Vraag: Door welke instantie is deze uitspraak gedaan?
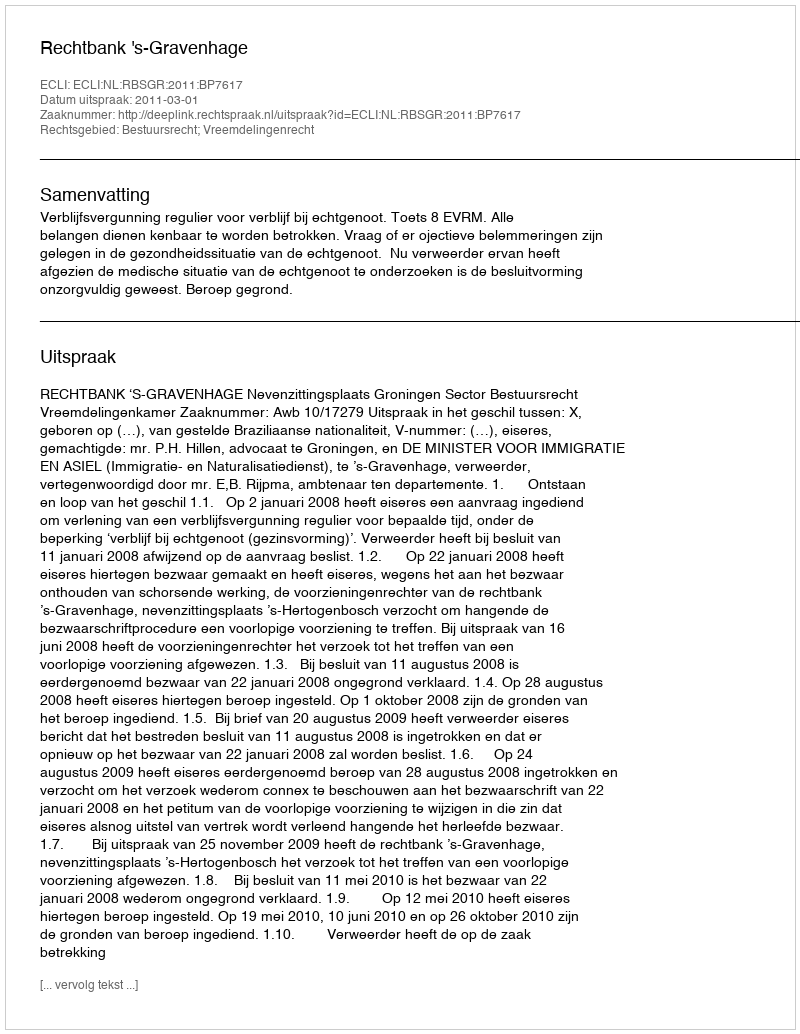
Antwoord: Rechtbank 's-Gravenhage